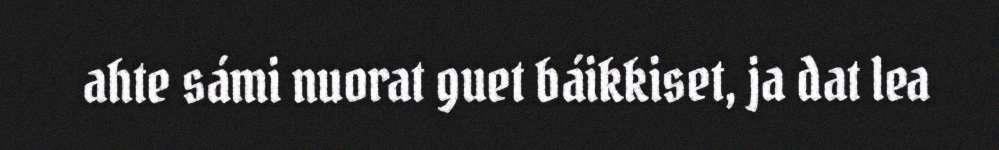
ahte sámi nuorat guet báikkiset, ja dat lea